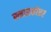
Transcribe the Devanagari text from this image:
स्नताकोत्तर